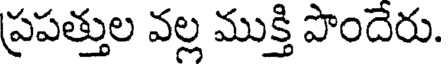
ప్రపత్తుల వల్ల ముక్తి పొందెరు.